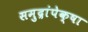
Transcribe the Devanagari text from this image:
समुद्रांपेक्षा